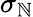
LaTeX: \sigma_{\mathbb{N}}